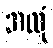
အလုံ